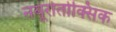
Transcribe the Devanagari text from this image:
नयूरोतोक्सिक